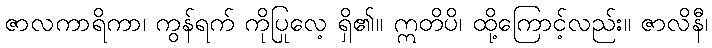
ဇာလကာရိကာ၊ ကွန်ရက် ကိုပြုလေ့ ရှိ၏။ ဣတိပိ၊ ထို့ကြောင့်လည်း။ ဇာလိနီ၊